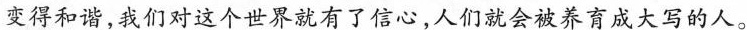
变得和谐，我们对这个世界就有了信心，人们就会被养育成大写的人。